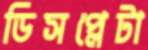
ডিসপ্লেটা